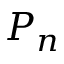
P _ { n }